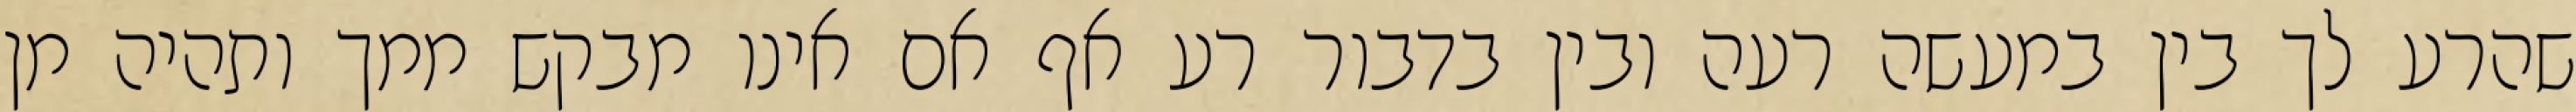
שהרע לך בין במעשה רעה ובין בדבור רע אף אם אינו מבקש ממך ותהיה מן